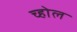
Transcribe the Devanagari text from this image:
च्होल